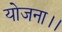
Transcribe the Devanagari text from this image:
योजना।।